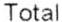
TOTAL